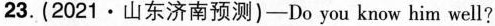
23. (2021·山东济南预测)-Do you know him well?